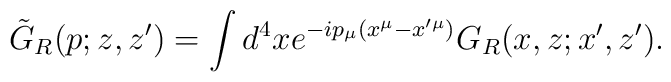
\tilde G_R(p;z,z')=\int d^4x e^{-ip_{\mu}(x^{\mu}-x'^{\mu})} G_R(x,z;x^{\prime}, z^{\prime}).